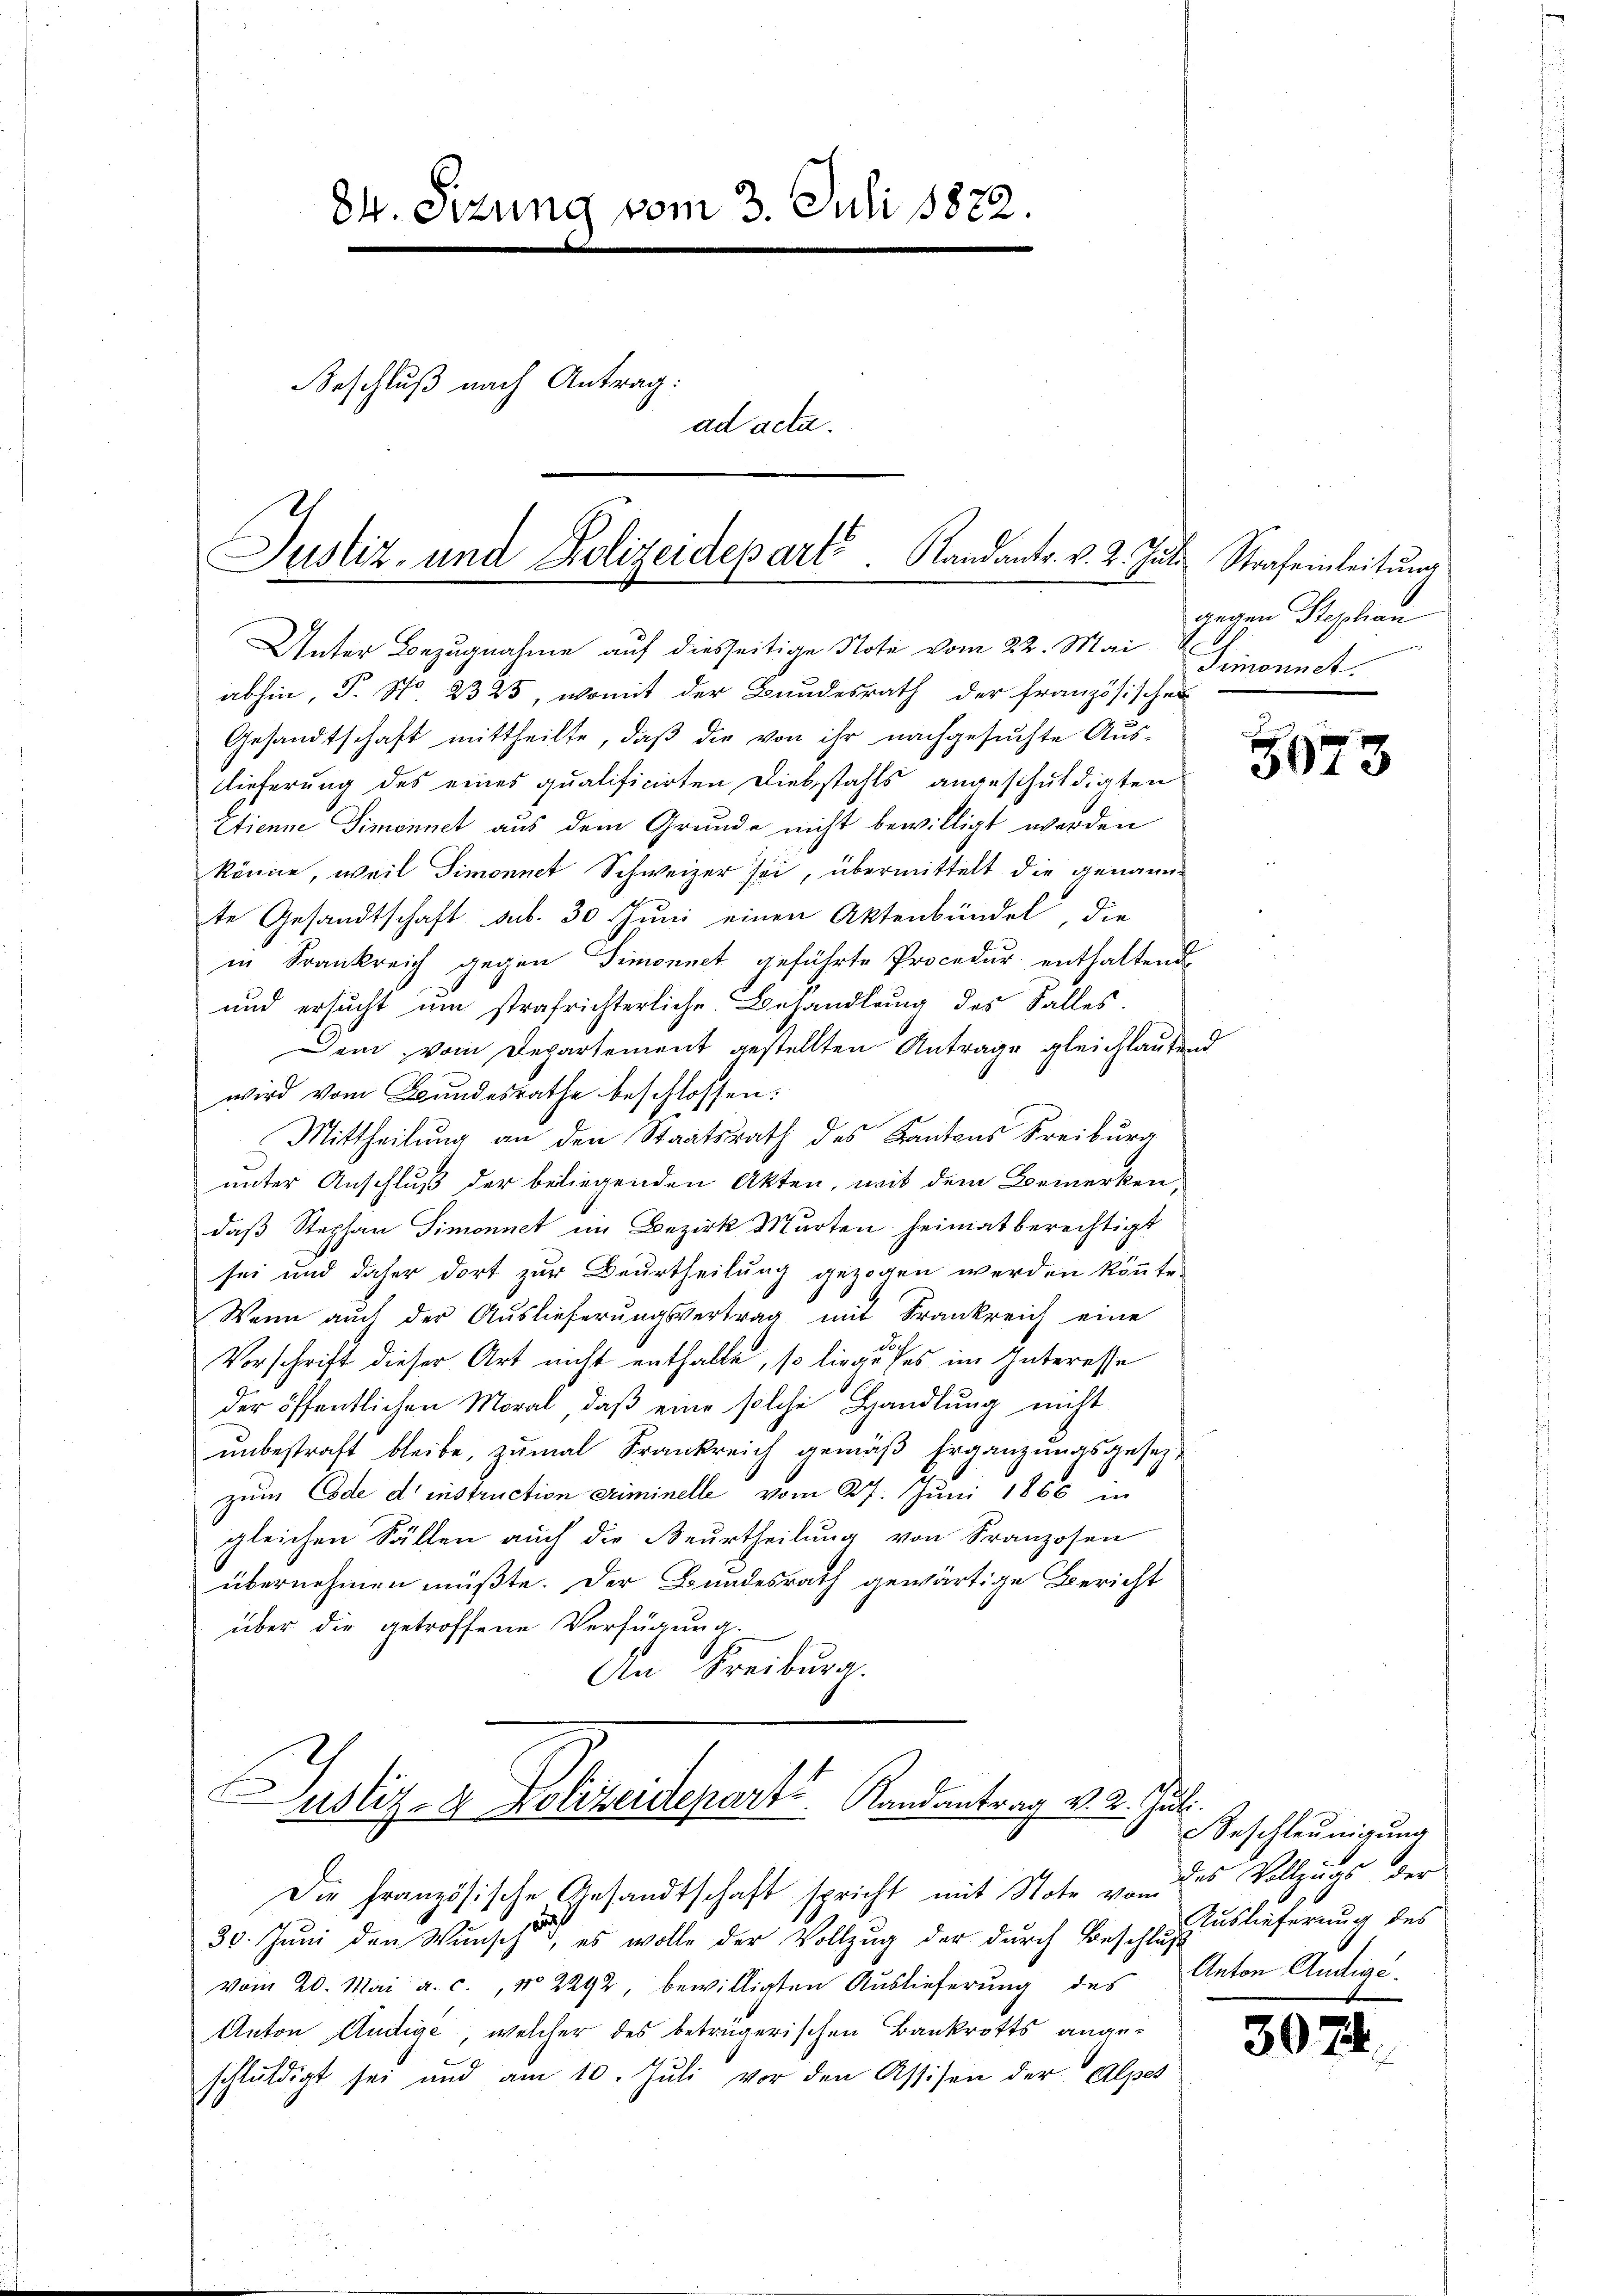
84. Sizung vom 3. Juli 1822.
Beschluß nach Antrag:
ad acta.

Justiz- und Polizeidepart. Randants. v. 2. Jŭli Strafeinleitŭng
Unter Bezugnahme auf diesseitige Note vom 22. Mai

abhin, P. No. 2325, womit der Bundesrath der Französischen
Gesandtschaft mittheilte, daß die von ihr nachgesuchte Auslieferung des eines qualificirten Diebstahls angeschuldigten
Etienne Simonnet aus dem Grunde nicht bewilligt werden
könne, weil Simonnet Schweizer sei, übermittelt die genannte Gesandtschaft sub. 30 Juni einen Aktenbündel, die
in Frankreich gegen Simoniet geführte Procedur enthaltende
und ersucht um strafrichterliche Behandlung des Falles.
Dem vom Departement gestellten Antrage gleichlautend
wird vom Bundesrathe beschlossen:
Mittheilung an den Staatsrath des Kantons Freiburg
unter Anschluß der beliegenden Akten, mit dem Bemerken,
daß Stephan Simonnet ein Bezirk Murten heimat berechtigt
sei und daher dort zur Beurtheilung gezogen werden könnte.
Wenn auch der Auslieferungsvertrag mit Frankreich eine
Vorschrift dieser Art nicht enthalte, so liege ses im Interesse
der öffentlichen Moral, daβ eine solche Handlung mitt
unbestraft bleibe, zumal Frankreich gemäß Ergänzungsgesezzum Code d instruction criminelle vom 27. Juni 1866 in
gleichen Fällen aŭch die Beurtheilŭng von Franzosen
übernehmen müßte. Der Bundesrath gewärtige Bericht
über die getroffene Verfügung.
An Freiburg.
Justiz- & Polizeidepart Randantrag v. 2. Juli.
Die französische Gesandtschaft spricht mit Note von des Vollzugs der
auch
30. Juni den Wunsch, es wolle der Vollzug der durch Beschlus
vom 20. Mai a. c., No 2292, bewilligten Auslieferung des
Anton Audige, welcher des betrügerischen Bankrotts angeschŭldigt sei und am 10. Jŭli vor den Assisen der Alpes

gegen Stephan
ineinung
Gemnonnct.

s
3073

Beschleunigung
Auslieferung des
Anton Andige.

307